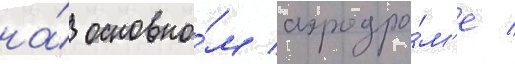
на́ основно́м аэродро́м'е /